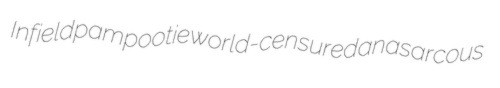
Infield pampootie world-censured anasarcous